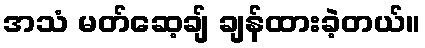
အသံ မတ်ဆေ့ချ် ချန်ထားခဲ့တယ်။